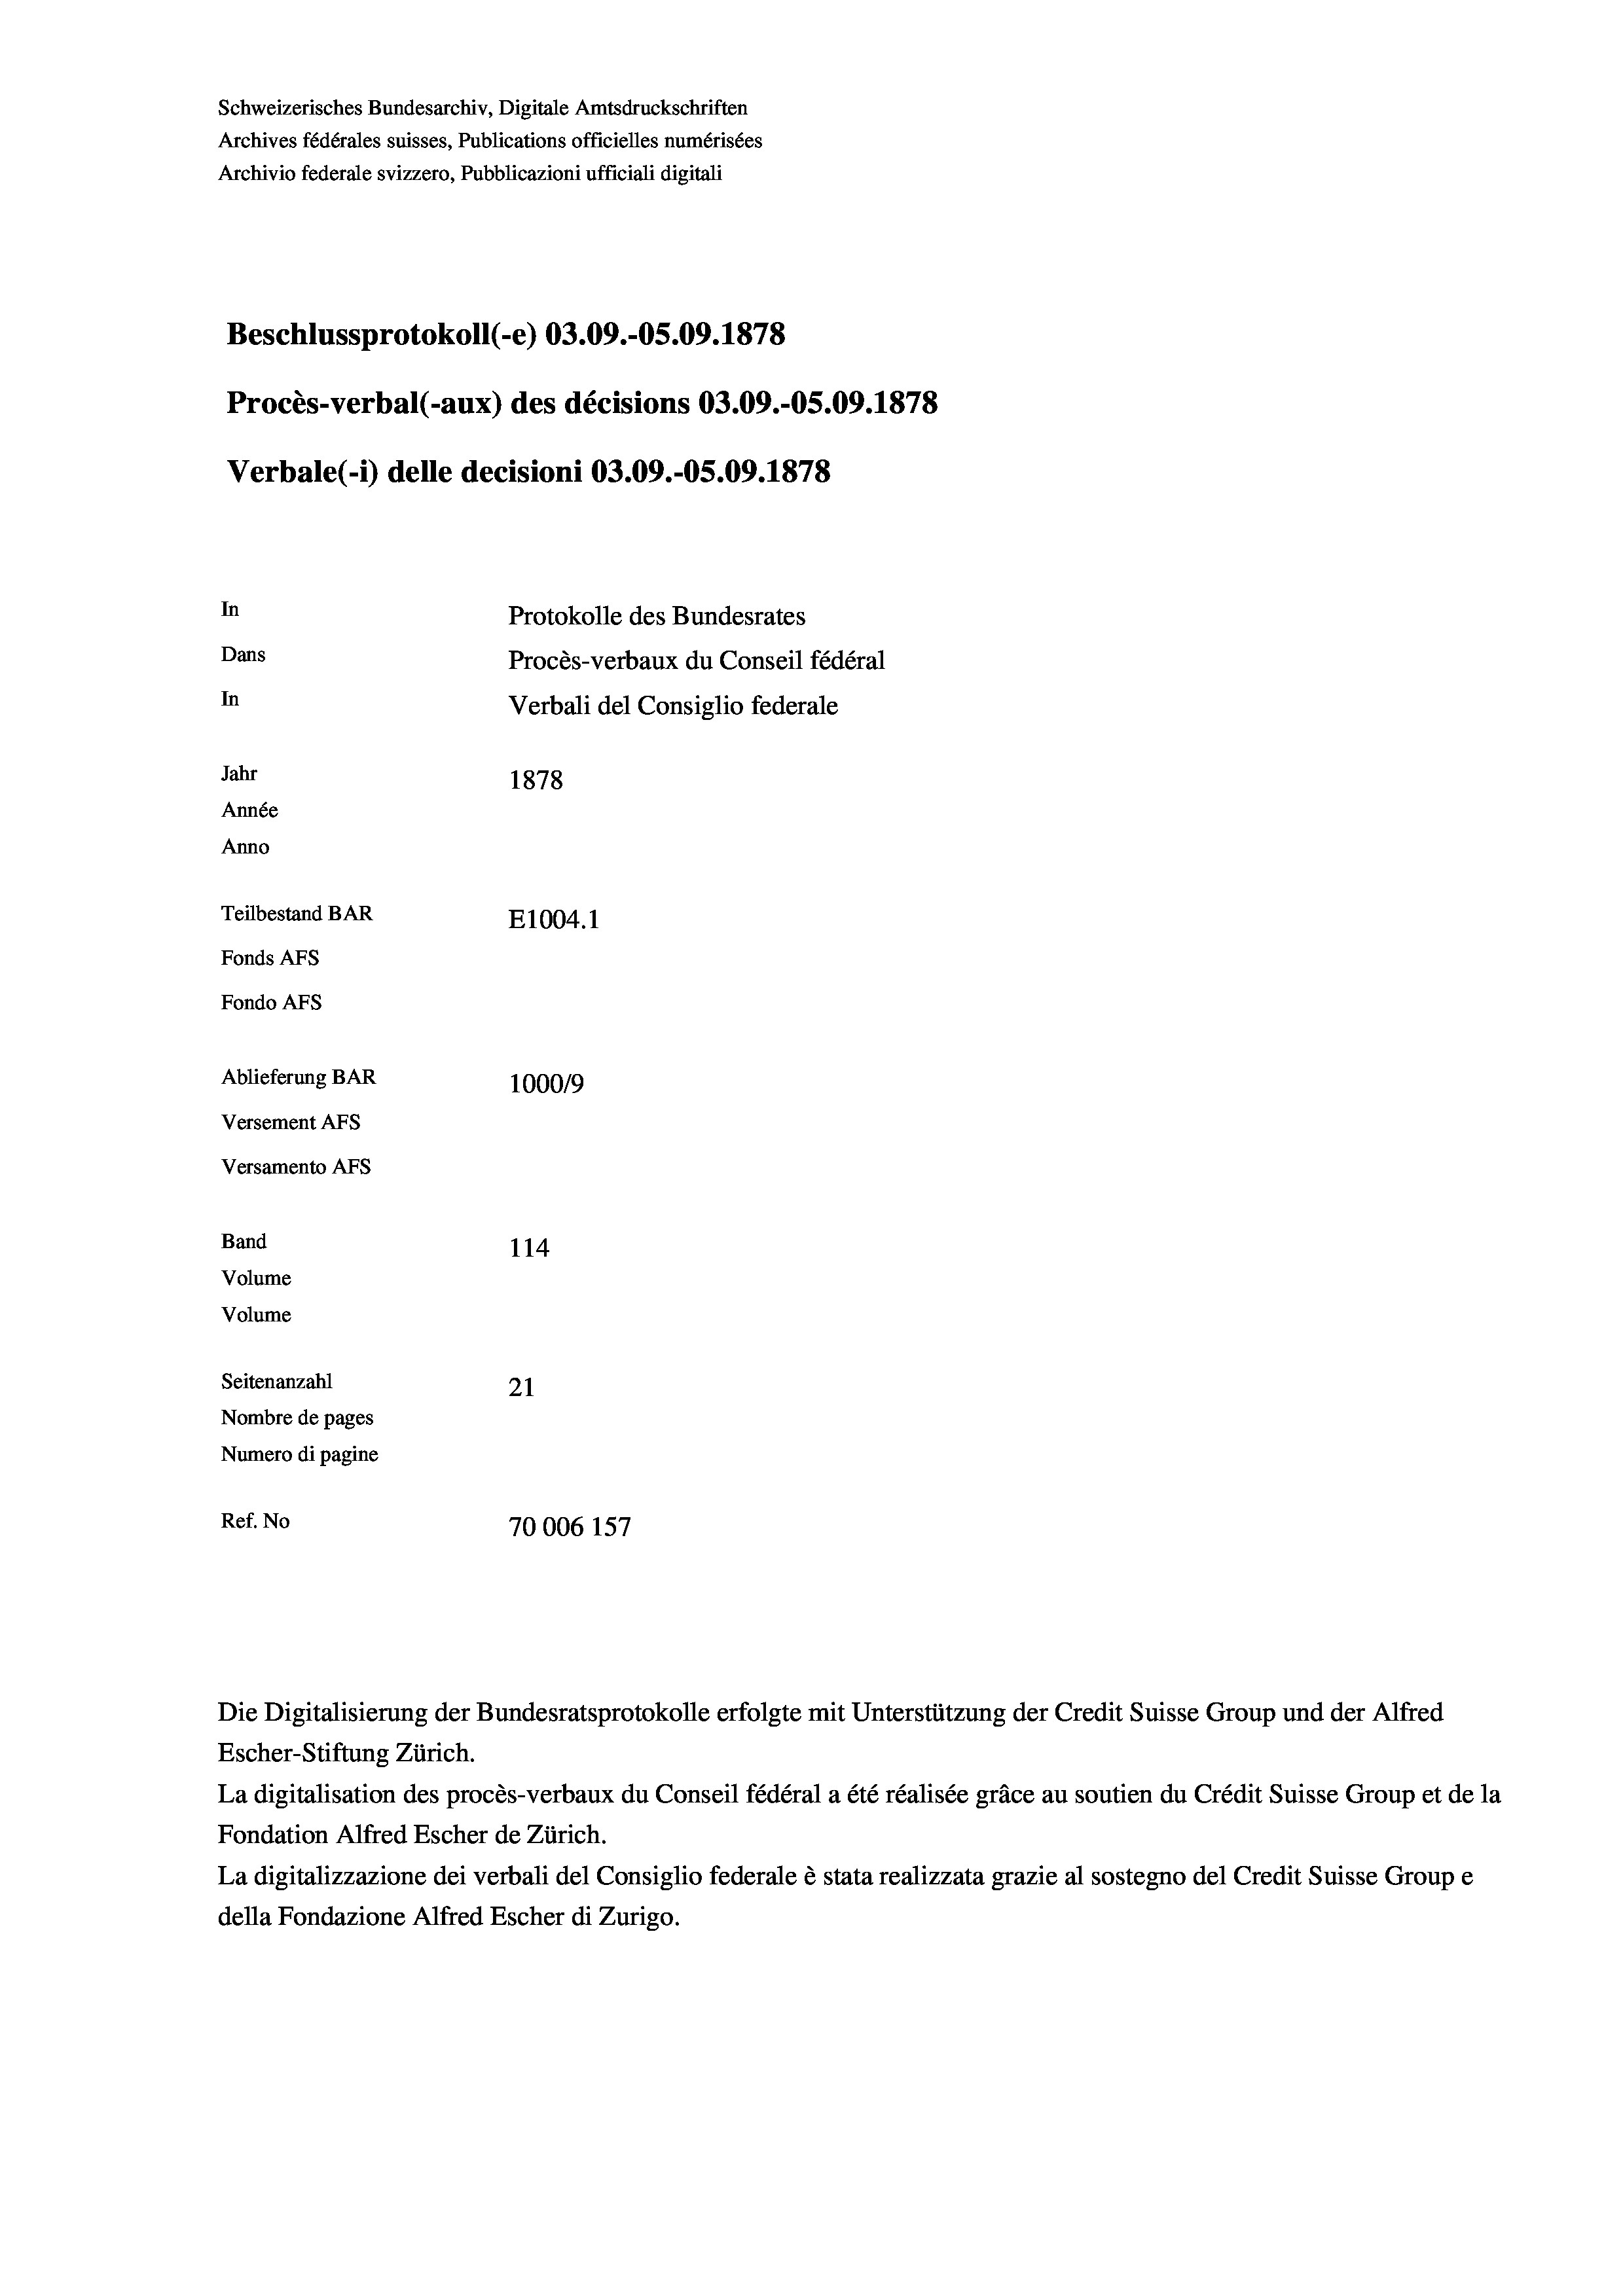
Beschlussprotokoll (-e) 03.09.-05.09. 1878
Procès-verbal (-aux) des décisions 03.09.-OS.09. 1878
Verbale(*) delle decisioni 03.09.-05.09. 1878
In
Protokolle des Bundesrates
Dans
Procès-verbaux du Conseil fédéral
In
Verbali del Consiglio federale
Jahr
1878
Année
Anno
Teilbestand BAR
E1004. 1
Fonds AFs
Fondo Afs
Ablieferung BAR
100019
Versement AFs

Versamento Afs
Band
Volume

Schweizerisches Bundesarchiv, Digitale Amtsdruckschriften
Archives fédérales suisses, Publications officielles numérisées
Archivio federale svizzero, Pubblicazioni ufficiali digitali

114
Volume
Seitenanzahl
21
Nombre de pages
Numero di pagine
Ref. No
70006 157

Escher-Stiftung Zürich.
La digitalisation des procès-verbaux du Conseil fédéral a été réalisée gräce au soutien du Crédit Suisse Group et de la
Fondation Alfred Escher de Zürich.
La digitalizzazione dei verbali del Consiglio federale è stata realizzata grazie al sostegno del Credit Suisse Groupe
della Fondazione Alfred Escher di Zurigo.

Die Digitalisierung der Bundesratsprotokolle erfolgte mit Unterstützung der Credit Suisse Group und der Alfred